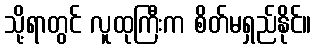
သို့ရာတွင် လူထုကြီးက စိတ်မရှည်နိုင်။